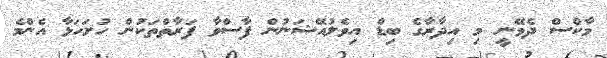
މާކްސް ދެވޭނީ މި އިދާރާގެ ބިޑް އިވެލުއޭޝަނުން ފާސްވާ ފަރާތްތަކުން ހުށަހަޅާ އެންމެ